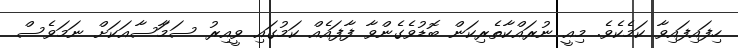
ހިފައިފައިވާ ކަމެކެވެ. މިއީ ނުރައްކާތެރިކަން ބޮޑުވެގެންވާ ފާފައެއް ކަމުގައި ވީއިރު ސަމަާސާއަކަށް ނަމަވެސް